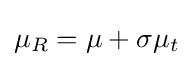
\mu _{R}=\mu +\sigma \mu _{t}